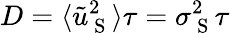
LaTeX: D=\langle\tilde{u}_{\mathrm{~S~}}^{2}\rangle\tau=\sigma_{\mathrm{~S~}}^{2}\tau